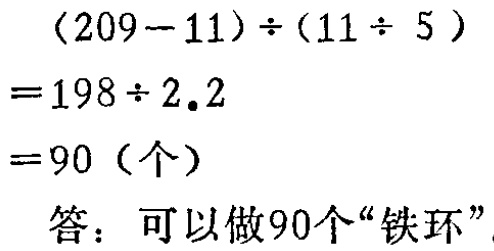
\[
\begin{align*}
&(209 - 11)\div(11\div 5)\\
=&198\div 2.2\\
=&90 (\text{个})
\end{align*}
\]
答：可以做90个“铁环”。